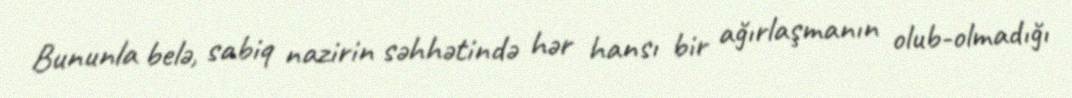
Bununla belə, sabiq nazirin səhhətində hər hansı bir ağırlaşmanın olub-olmadığı